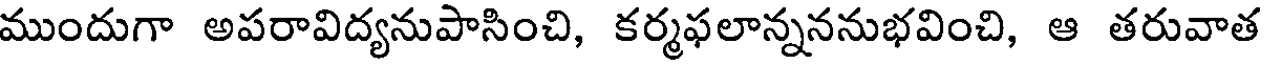
ముందుగా అపరావిద్యనుపాసించి, కర్మఫలాన్నననుభవించి, ఆ తరువాత